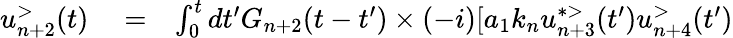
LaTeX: \begin{array}{rlr}{u_{n+2}^{>}(t)}&{{}=}&{\int_{0}^{t}dt^{\prime}G_{n+2}(t-t^{\prime})\times(-i)[a_{1}k_{n}u_{n+3}^{*>}(t^{\prime})u_{n+4}^{>}(t^{\prime})}\end{array}